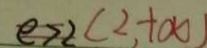
e > 2 ( 2 , + \infty )